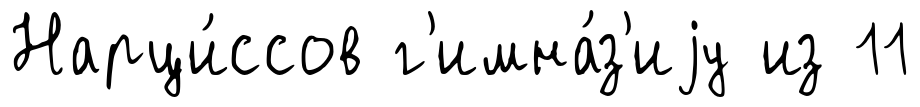
Нарци́ссов г'имна́з'иjу из 11